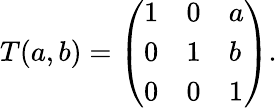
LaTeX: T(a,b)=\left(\begin{array}{lll}{{1}}&{{0}}&{{a}}\\ {{0}}&{{1}}&{{b}}\\ {{0}}&{{0}}&{{1}}\end{array}\right).